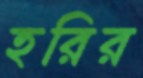
হরির